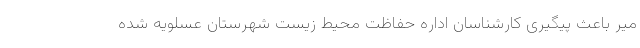
میر باعث پیگیری کارشناسان اداره حفاظت محیط زیست شهرستان عسلویه شده